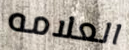
العلامه